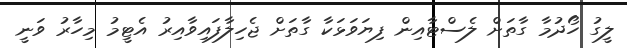
ލީގު ހޯދުމާ ގާތަށް ލެސްޓާއިން ފިޔަވަޅަކާ ގާތަށް ޖެހިލާފައިވާއިރު އެޓީމު މިހާރު ވަނީ